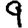
Digit: 9